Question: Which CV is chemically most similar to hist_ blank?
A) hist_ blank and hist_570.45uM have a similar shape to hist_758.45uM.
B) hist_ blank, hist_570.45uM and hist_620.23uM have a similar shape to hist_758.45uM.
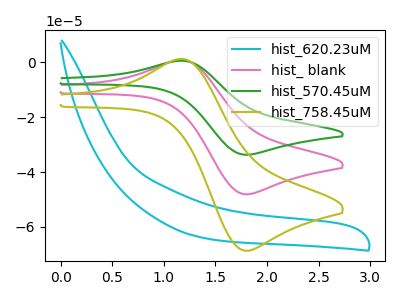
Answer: <think>The cyan curve "hist_620.23uM" has no peaks. The pink curve "hist_ blank" has an anodic peak at (1.20V, 0.85uA) and a cathodic peak at (1.80V, -48.10uA). The green curve "hist_570.45uM" has an anodic peak at (1.20V, 1.70uA) and a cathodic peak at (1.80V, -96.25uA). The olive curve "hist_758.45uM" has an anodic peak at (1.20V, 1.20uA) and a cathodic peak at (1.80V, -68.70uA).
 "hist_620.23uM" and "hist_ blank" have a different number of peaks. "hist_620.23uM" and "hist_570.45uM" have a different number of peaks. "hist_620.23uM" and "hist_758.45uM" have a different number of peaks. All the peaks in "hist_ blank" have a peak in "hist_570.45uM" at the same potential. Every peak in "hist_ blank" is lower than every peak in "hist_570.45uM". All the peaks in "hist_ blank" have a peak in "hist_758.45uM" at the same potential. Every peak in "hist_ blank" is lower than every peak in "hist_758.45uM". All the peaks in "hist_570.45uM" have a peak in "hist_758.45uM" at the same potential. Every peak in "hist_570.45uM" is higher than every peak in "hist_758.45uM".</think>
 <answer>A) "hist_ blank" and "hist_570.45uM" have a similar shape to "hist_758.45uM".</answer>
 <eval>A</eval>